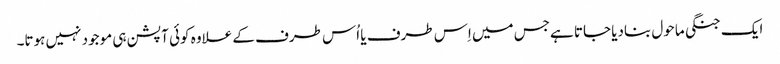
ایک جنگی ماحول بنادیا جاتا ہےجس میں اِس طرف یا اُس طرف کے علاوہ کوئی آپشن ہی موجود نہیں ہوتا۔